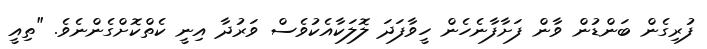
ފުރިގެން ބަންޑުން ވާން ފަށާފާނެހެން ހީވާފަދަ ލޮލަކާއެކުވެސް ވަރުދާ އިނީ ކެތްކޮށްގެންނެވެ. "ތިއީ